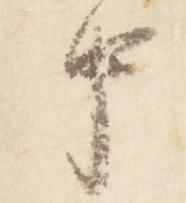
中